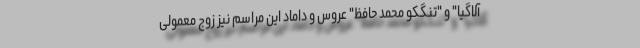
آلاگیا" و "تنگکو محمد حافظ" عروس و داماد این مراسم نیز زوج معمولی